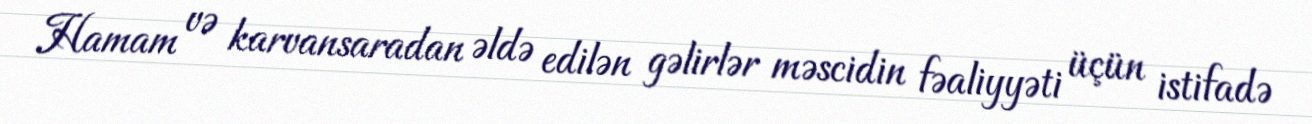
Hamam və karvansaradan əldə edilən gəlirlər məscidin fəaliyyəti üçün istifadə